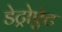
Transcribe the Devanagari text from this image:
डेट्रोऐट